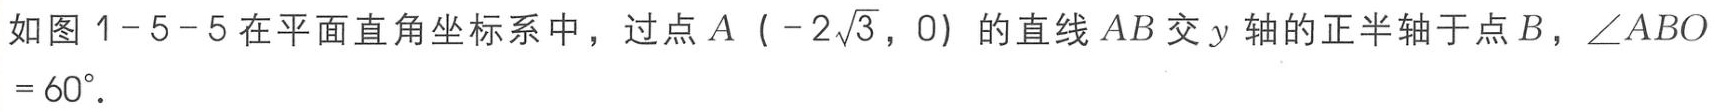
如图 1-5-5 在平面直角坐标系中，过点\(A（-2\sqrt{3}，0）\)的直线\(AB\)交\(y\)轴的正半轴于点\(B\)，\(\angle ABO = 60^{\circ}\)．